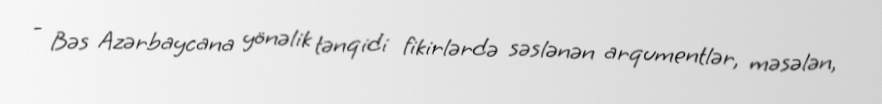
- Bəs Azərbaycana yönəlik tənqidi fikirlərdə səslənən arqumentlər, məsələn,